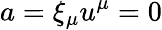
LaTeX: a=\xi_{\mu}u^{\mu}=0